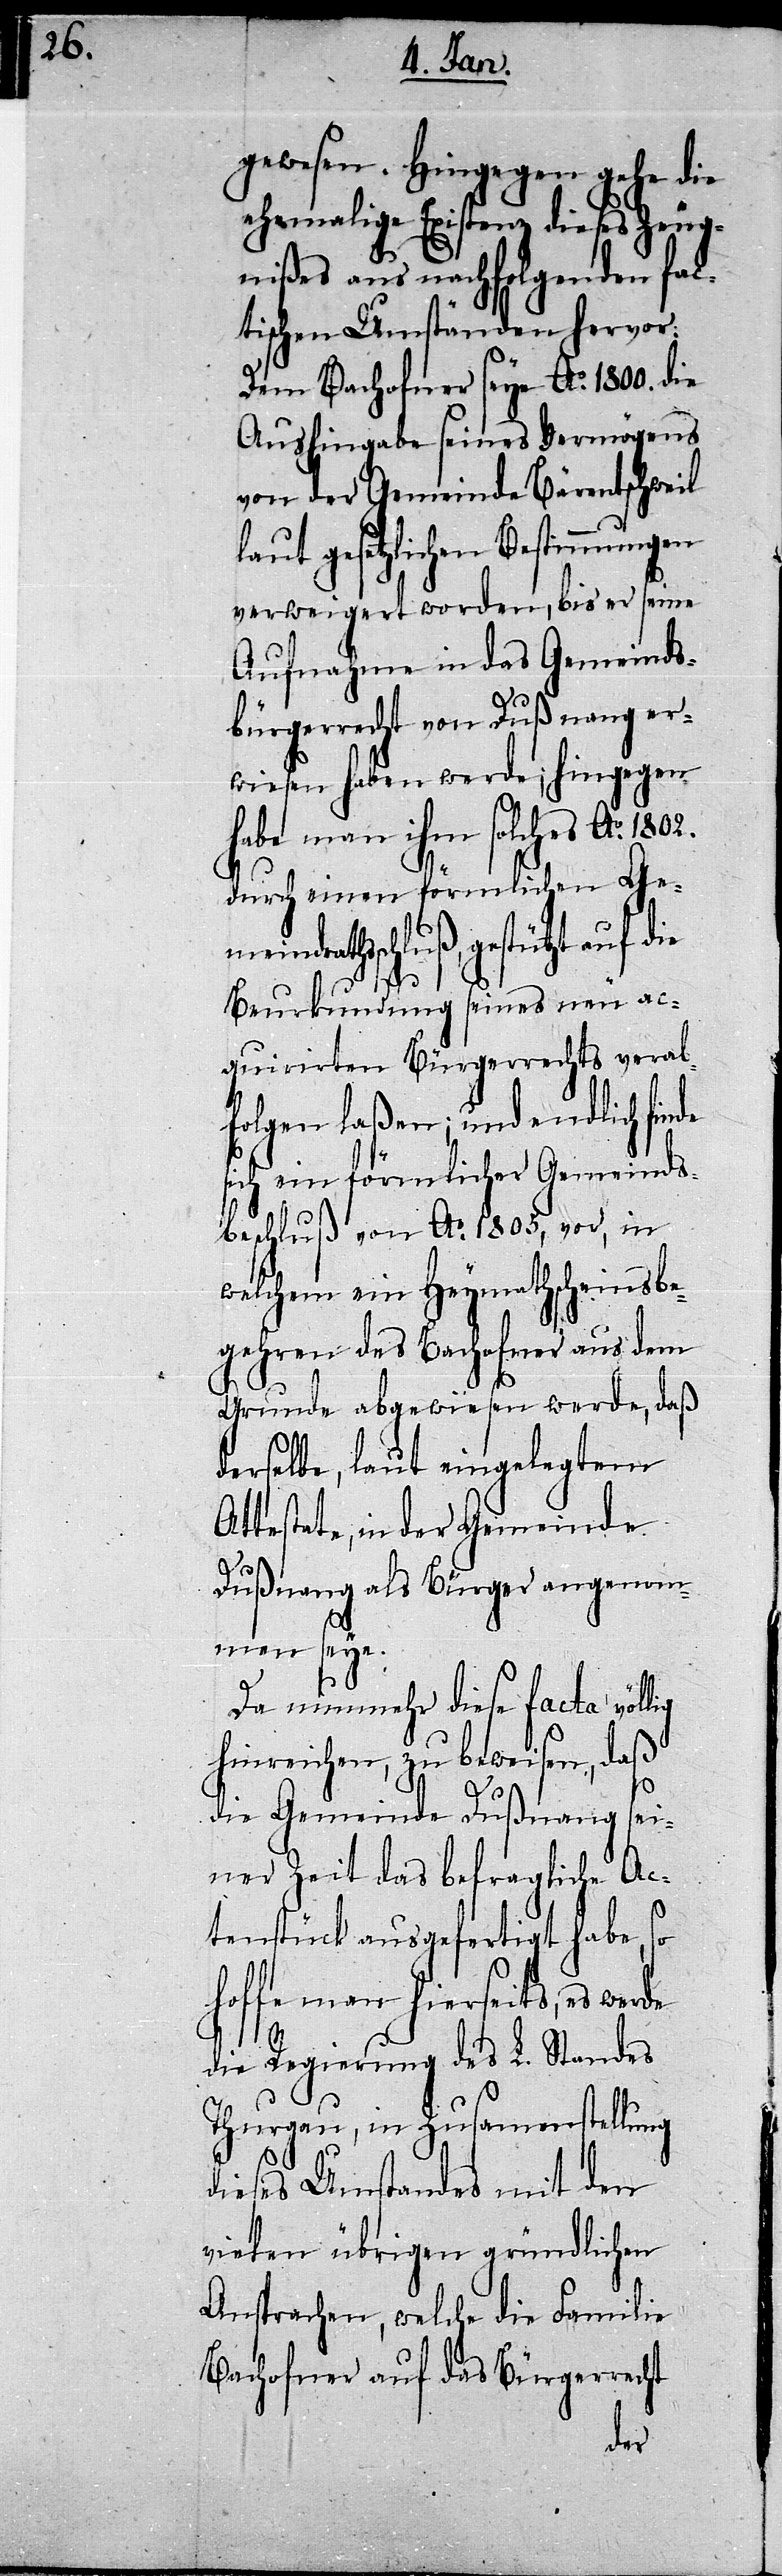
gewesen. Hingegen gehe die
ehemalige Existenz dieses Zeug¬
nißes aus nachfolgenden fac¬
tischen Umständen hervor:
Dem Bachofner seye Ao. 1800. die
Aushingabe seines Vermögens
von der Gemeinde Bärentschweil
laut gesetzlichen Bestimmungen
verweigert worden, bis er seine
Aufnahme in das Gemeinds¬
bürgerrecht von Dußnang er¬
wiesen haben werde; hingegen
habe man ihm solches Ao.
durch einen förmlichen Gemei¬
ndrathsschluß, gestützt auf die
Beurkundung seines neu ac¬
quirirten Bürgerrechts verabf¬
olgen laßen; und endlich
sich ein förmlicher Gemeinds¬
beschluß von Ao. 1805, vor, in
welchem ein Heymathscheinsbe¬
gehren des Bachofner aus dem
Grunde abgewiesen werde, daß
derselbe, laut eingelegtem
Attestate, in der Gemeinde
Dußnang als Bürger angenom¬
men seye.
Da nunmehr diese facta völlig
hinreichen, zu beweisen, daß
die Gemeinde Dußnang sei¬
ner Zeit das befragliche Ac¬
tenstück ausgefertigt habe,
so
hoffe man hierseits, es
die Regierung des L. Standes
Thurgau, in Zusam[m]enstellung
dieses Umstandes mit den
vielen übrigen gründlichen
Ansprachen, welche die Familie
Bachofner auf das Bürgerrecht